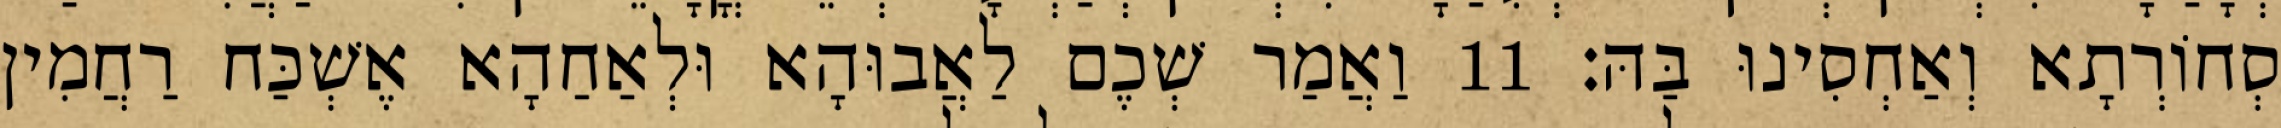
סְחוֹרְתָא וְאַחְסִינוּ בַּהּ׃ 11 וַאֲמַר שְׁכֶם לַאֲבוּהָא וּלְאַחַהָא אֶשְׁכַּח רַחֲמִין